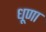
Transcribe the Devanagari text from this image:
धूणा